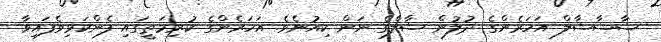
ޝާޝާޝާލް އަހަރެންގެ ދުލުން ޝާލްގެ ނަން ކިއުނެވެ. އަހަރެންގެ ކުރިމަތީގައި ފެންކަޅިވެފައިވާ